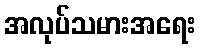
အလုပ်သမားအရေး